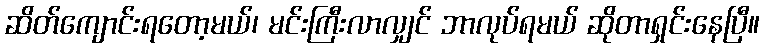
ဆိတ်ကျောင်းရတော့မယ်၊ မင်းကြီးလာလျှင် ဘာလုပ်ရမယ် ဆိုတာရှင်းနေပြီ။